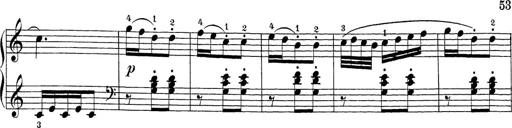
Title: Sonatina Album
Composer: Louis KÃ¶hler